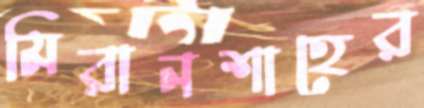
মিরানশাহের